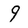
Character: 9